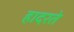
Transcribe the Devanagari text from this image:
हादरते